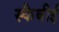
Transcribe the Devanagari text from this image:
स्कैबीई